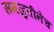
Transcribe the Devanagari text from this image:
समजुतीनेच